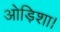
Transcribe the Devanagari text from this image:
ओड़िशा।